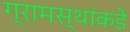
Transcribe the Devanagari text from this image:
ग्रामस्‍थांकडे